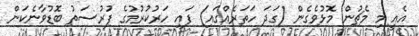
އެއީ މި މެޗުން މޮޅުވެގެން (ގަދަ ހަތަރެއްގައި) ފައި ހަރުކުރުމުގެ ފުރުސަތު ބޮޑުވާނެކަން